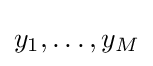
y_{1},\dots ,y_{M}